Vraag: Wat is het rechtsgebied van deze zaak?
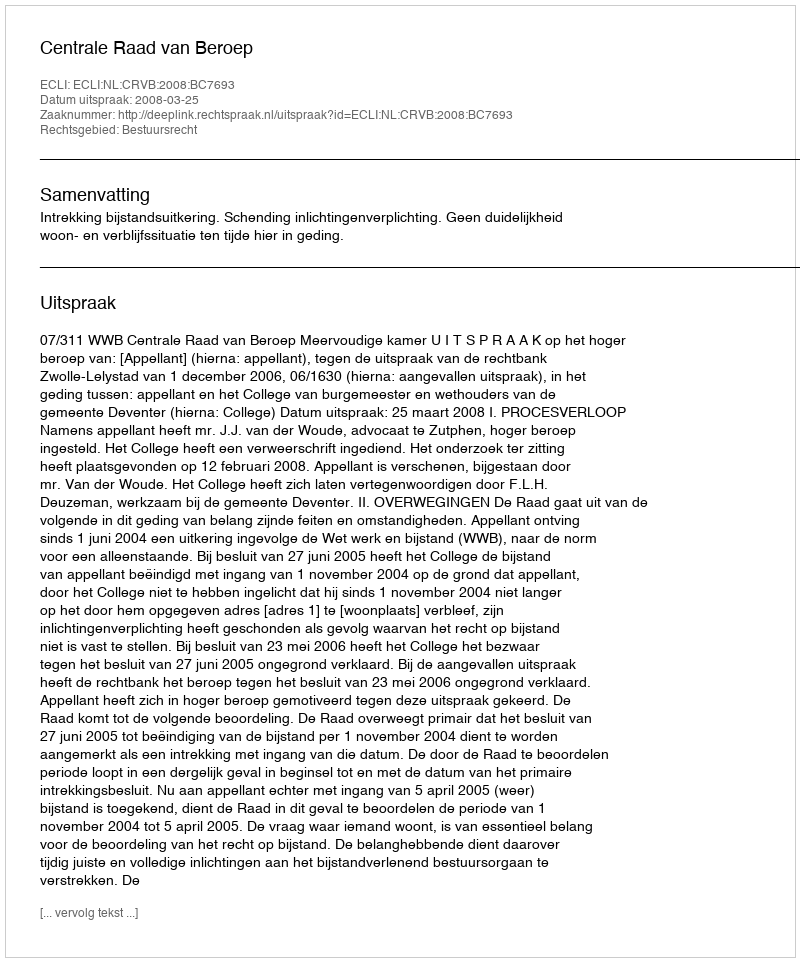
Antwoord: Bestuursrecht